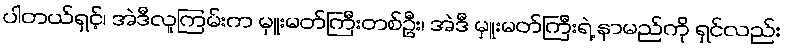
ပါတယ်ရှင့်၊ အဲဒီလူကြမ်းက မှူးမတ်ကြီးတစ်ဦး၊ အဲဒီ မှူးမတ်ကြီးရဲ့ နာမည်ကို ရှင်လည်း